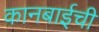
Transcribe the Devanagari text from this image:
कानबाईची